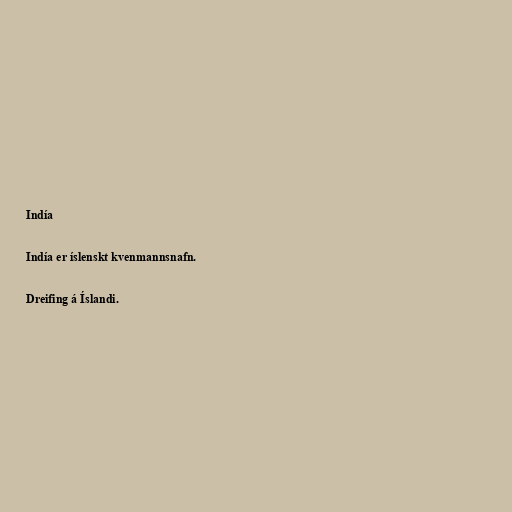
Indía

Indía er íslenskt kvenmannsnafn.

Dreifing á Íslandi.